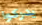
يدركوا